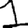
Digit: 1